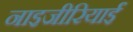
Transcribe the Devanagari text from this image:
नाइजीरियाईं